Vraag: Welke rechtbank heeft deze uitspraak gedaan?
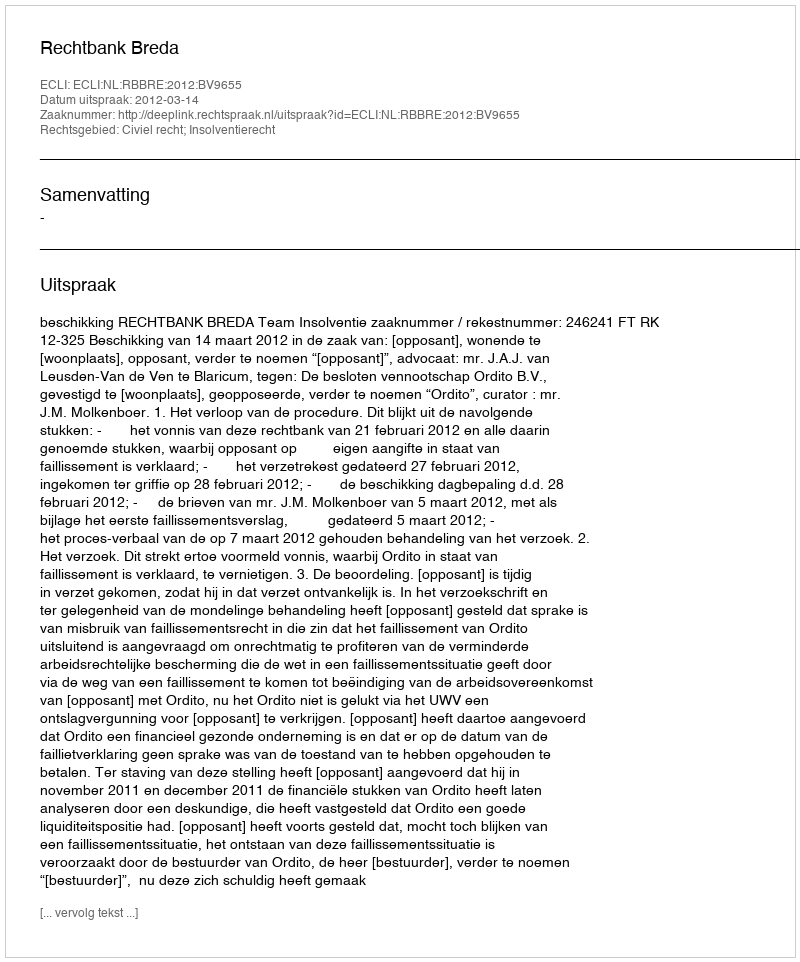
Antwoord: Rechtbank Breda